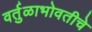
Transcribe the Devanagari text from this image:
वर्तुळाभोवतीचे